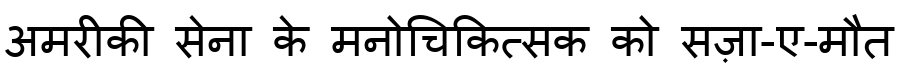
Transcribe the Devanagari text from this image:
अमरीकी सेना के मनोचिकित्सक को सज़ा-ए-मौत